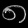
Digit: ၈